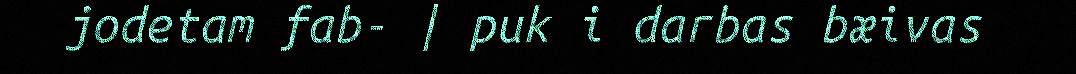
jodetam fab- | puk i darbas bæivas